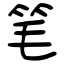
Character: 笔